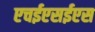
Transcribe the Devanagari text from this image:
एचईएसईएस